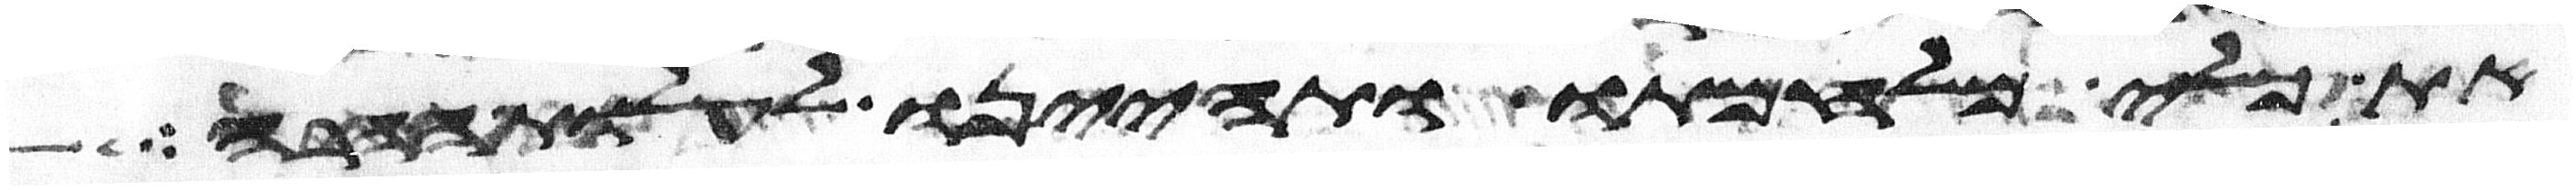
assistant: את כלי מלחמתו ותהיינו לעלות